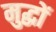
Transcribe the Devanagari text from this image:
मुद्धों